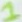
Text: 1